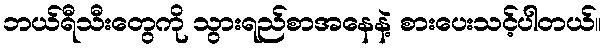
ဘယ်ရီသီးတွေကို သွားရည်စာအနေနဲ့ စားပေးသင့်ပါတယ်။